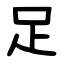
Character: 足